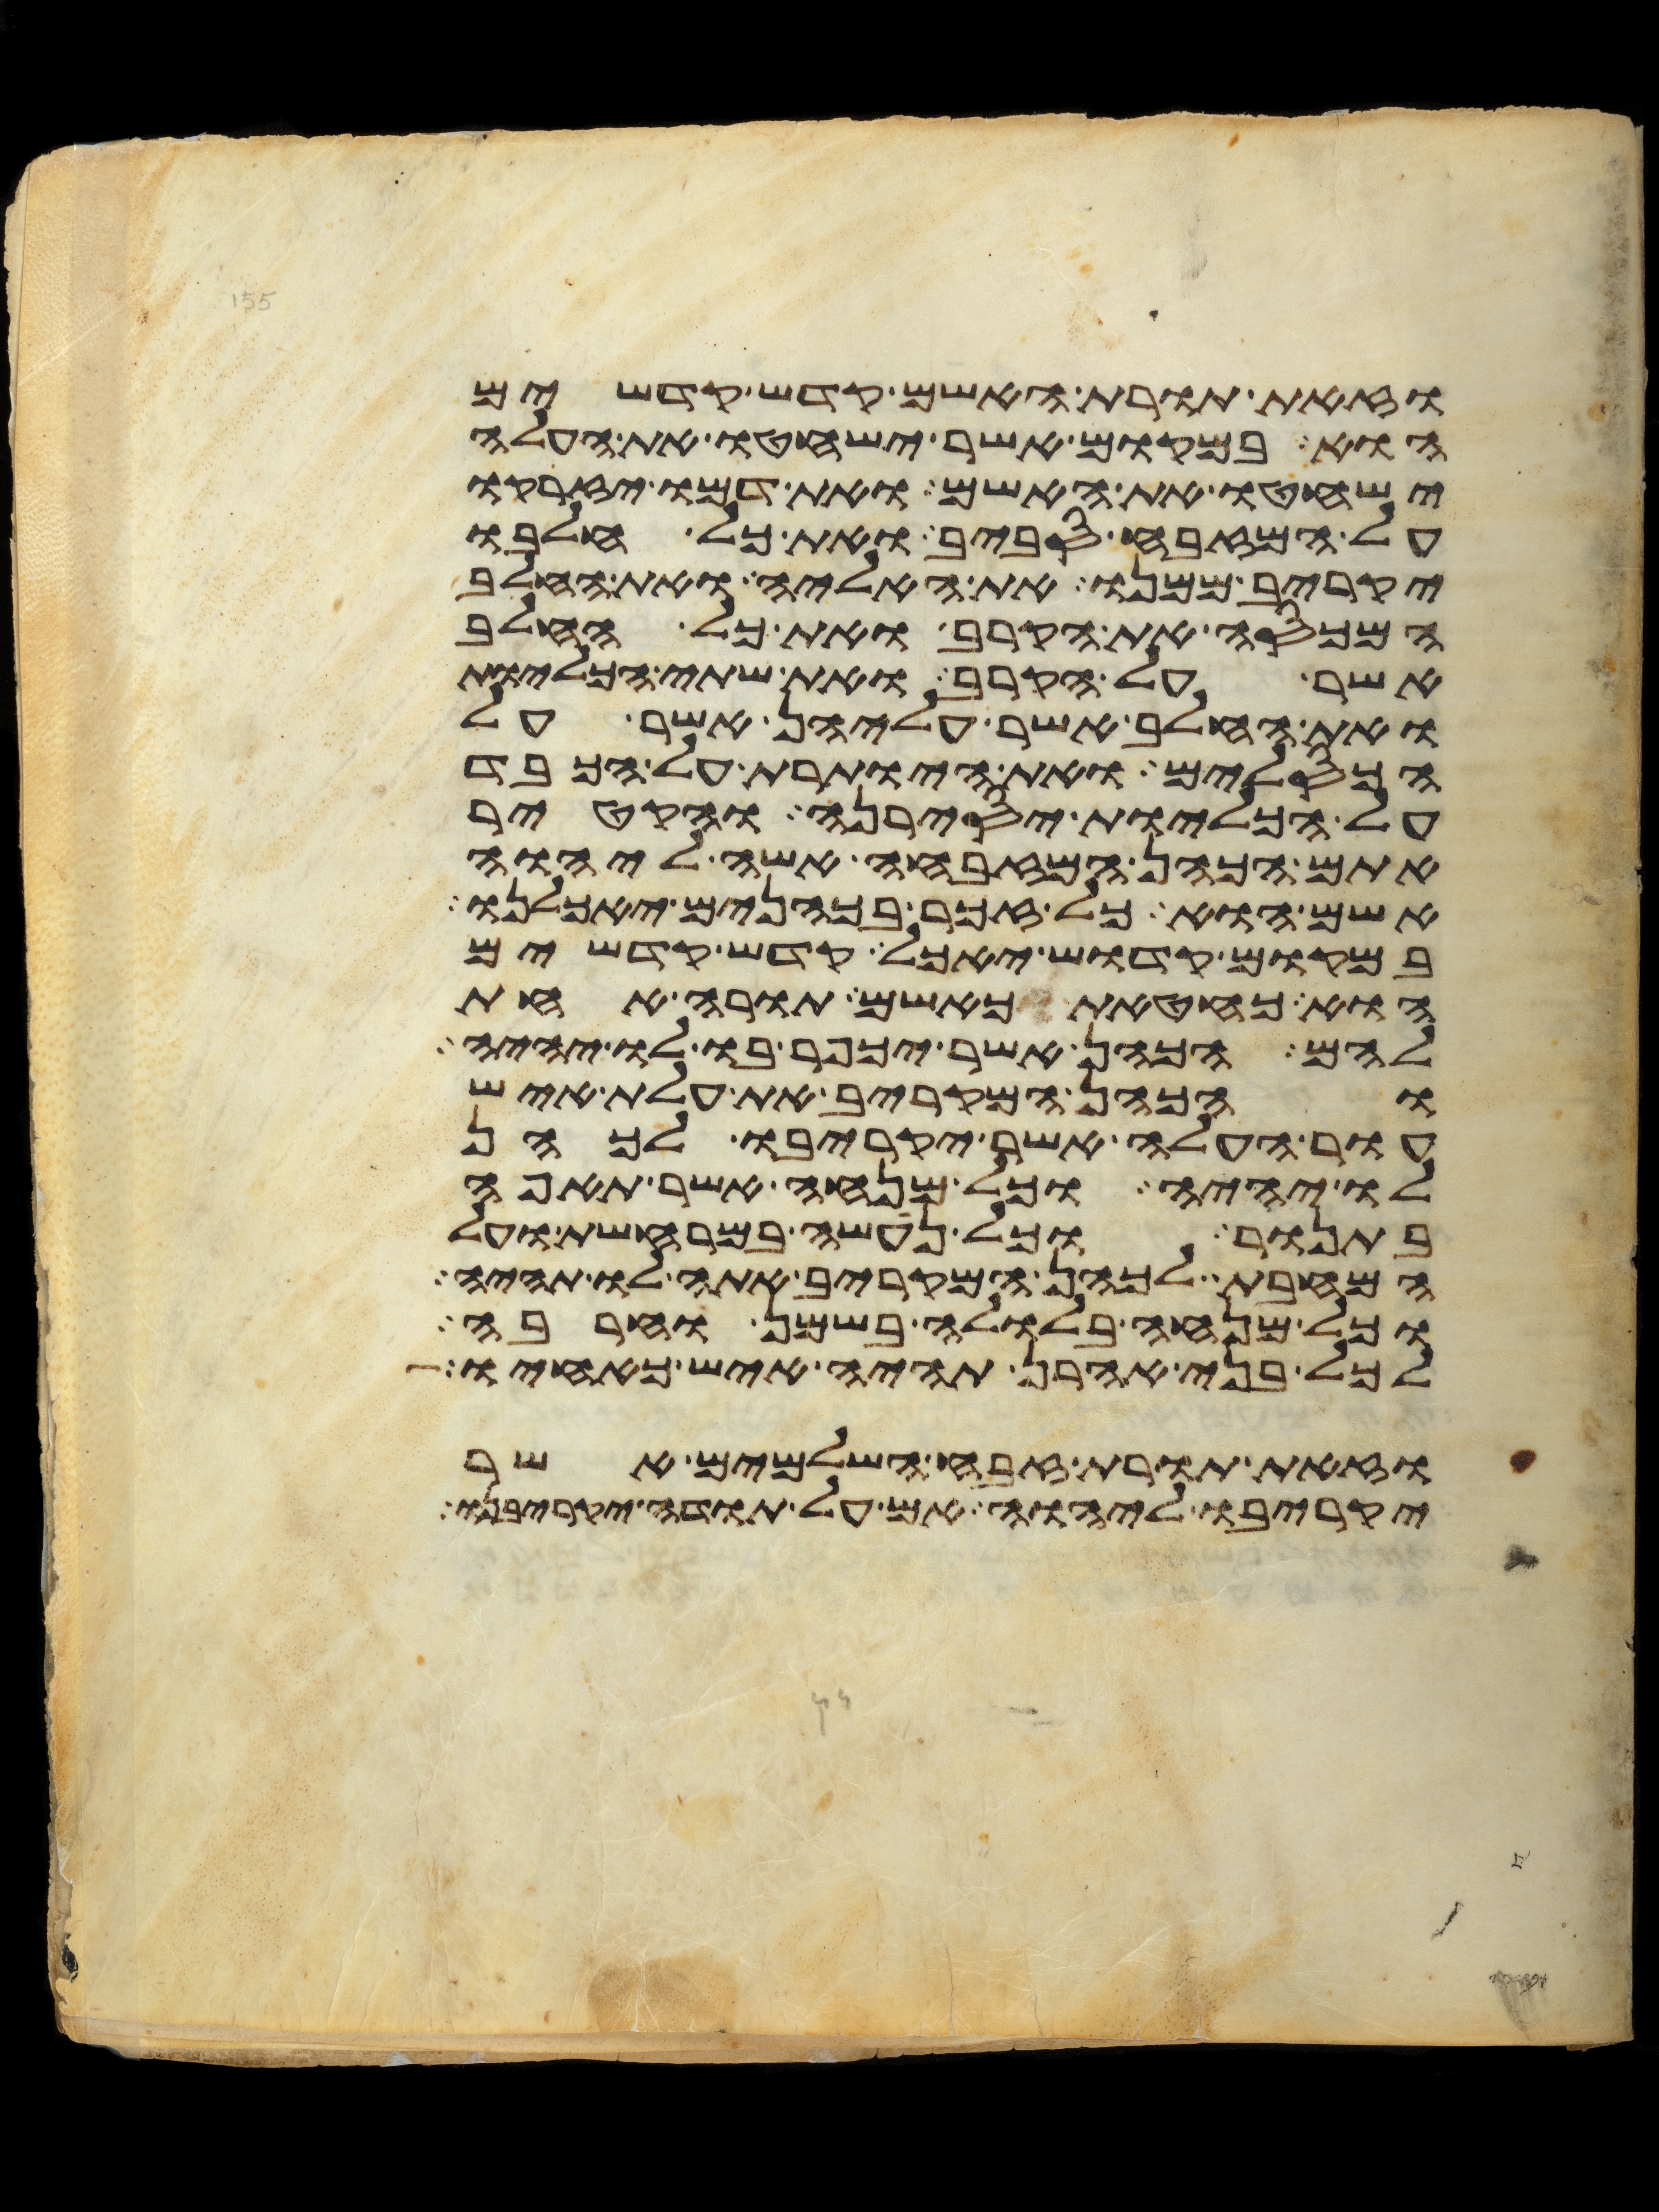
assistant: וזאת תורת האשם קדש קדשים
הוא במקום אשר ישחטו את העלה
ישחטו את האשם ואת דמו יזרקו
על המזבח סביב ואת כל חלבו
יקריב ממנו את האליה ואת החלב
המכסה את הקרב ואת כל החלב
אשר על הקרב ואת שתי הכליות
ואת החלב אשר עליהן אשר על
הכסלים ואת היותרת על הכבד
על הכליות יסירנה והקטיר
אתם הכהן המזבחה אשה ליהוה
אשם הוא כל זכר בכהנים יאכלנו
במקום קדוש יאכל קדש קדשים
הוא כחטאת כאשם תורה אחת
להם הכהן אשר יכפר בו לו יהיה
והכהן המקריב את עלת איש
עור העלה אשר יקריבו לכהן
לו יהיה וכל מנחה אשר תאפה
בתנור וכל נעשה במרחשת ועל
המחבת לכהן המקריב אתה לו תהיה
וכל מנחה בלולה בשמן וחרבה
לכל בני אהרן תהיה איש כאחיו
וזאת תורת זבח השלמים אשר
יקריבו ליהוה אם על תודה יקריבנו